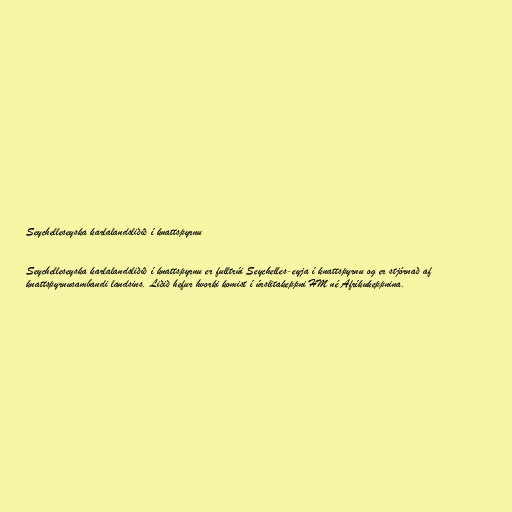
Seychelleseyska karlalandsliðið í knattspyrnu

Seychelleseyska karlalandsliðið í knattspyrnu er fulltrúi Seychelles-eyja í knattspyrnu og er stjórnað af
knattspyrnusambandi landsins. Liðið hefur hvorki komist í úrslitakeppni HM né Afríkukeppnina.